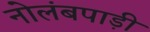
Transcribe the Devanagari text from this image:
नोलंबपाड़ी